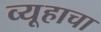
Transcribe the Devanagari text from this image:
व्यूहाचा